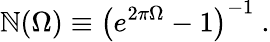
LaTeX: \mathbb{N}(\Omega)\equiv\left(e^{2\pi\Omega}-1\right)^{-1}\ .